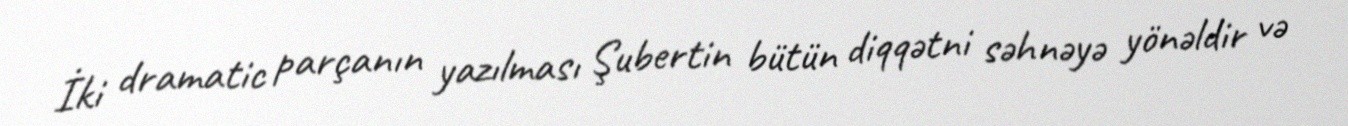
İki dramatic parçanın yazılması Şubertin bütün diqqətni səhnəyə yönəldir və